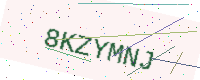
Text: 8KZYMNJ